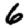
Digit: 6